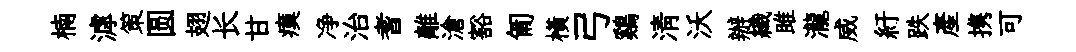
楠滹策圆翅长甘瘼净治耆離滄豁匍横弓鷄清沃辦織雎瀧威紆跌産携可